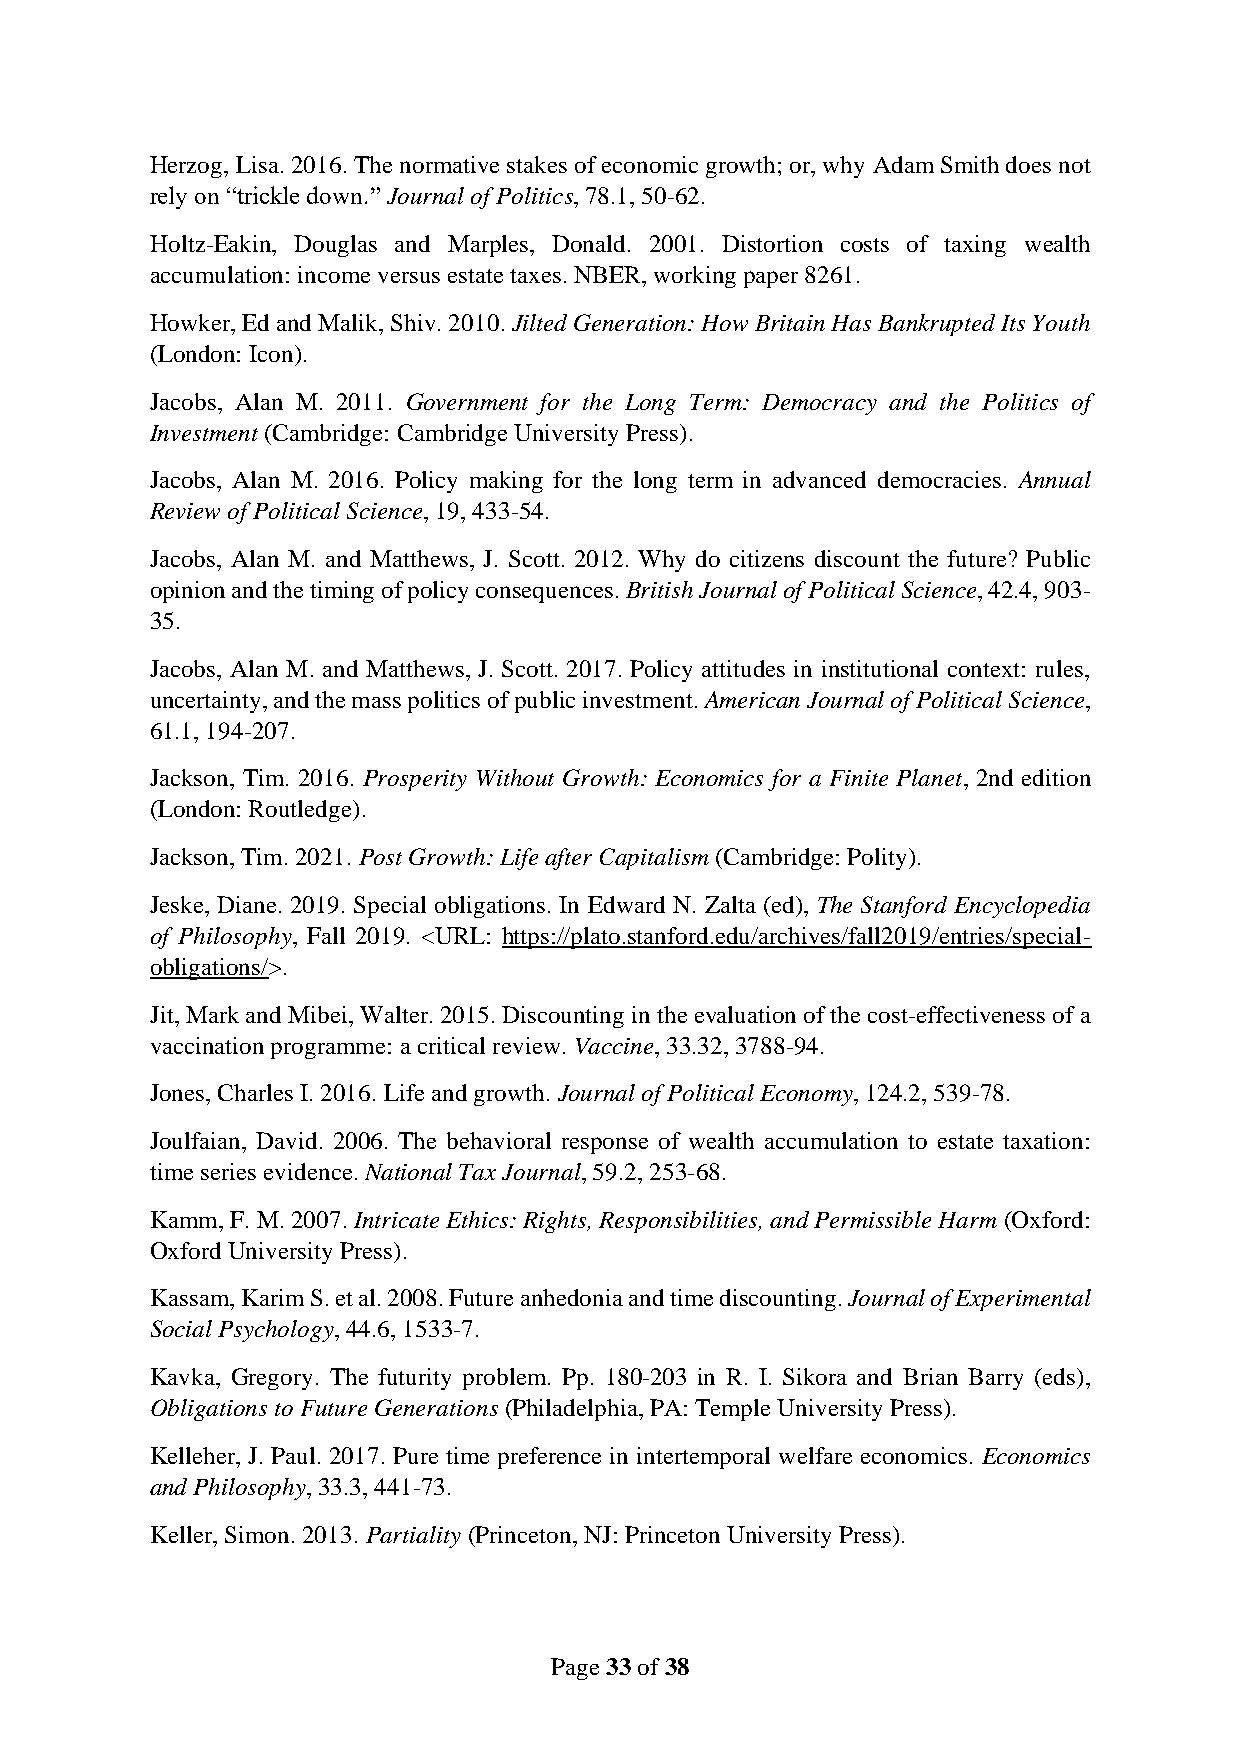
Herzog, Lisa. 2016. The normative stakes of economic growth; or, why Adam Smith does not
 rely on “trickle down.” Journal of Politics, 78.1, 50-62.
 Holtz-Eakin, Douglas and Marples, Donald. 2001. Distortion costs of taxing wealth
 accumulation: income versus estate taxes. NBER, working paper 8261.
 Howker, Ed and Malik, Shiv. 2010. Jilted Generation: How Britain Has Bankrupted Its Youth
 (London: Icon).
 Jacobs, Alan M. 2011. Government for the Long Term: Democracy and the Politics of
 Investment (Cambridge: Cambridge University Press).
 Jacobs, Alan M. 2016. Policy making for the long term in advanced democracies. Annual
 Review of Political Science, 19, 433-54.
 Jacobs, Alan M. and Matthews, J. Scott. 2012. Why do citizens discount the future? Public
 opinion and the timing of policy consequences. British Journal of Political Science, 42.4, 903-
 35.
 Jacobs, Alan M. and Matthews, J. Scott. 2017. Policy attitudes in institutional context: rules,
 uncertainty, and the mass politics of public investment. American Journal of Political Science,
 61.1, 194-207.
 Jackson, Tim. 2016. Prosperity Without Growth: Economics for a Finite Planet, 2nd edition
 (London: Routledge).
 Jackson, Tim. 2021. Post Growth: Life after Capitalism (Cambridge: Polity).
 Jeske, Diane. 2019. Special obligations. In Edward N. Zalta (ed), The Stanford Encyclopedia
 of Philosophy, Fall 2019. <URL: https://plato.stanford.edu/archives/fall2019/entries/special-
 obligations/>.
 Jit, Mark and Mibei, Walter. 2015. Discounting in the evaluation of the cost-effectiveness of a
 vaccination programme: a critical review. Vaccine, 33.32, 3788-94.
 Jones, Charles I. 2016. Life and growth. Journal of Political Economy, 124.2, 539-78.
 Joulfaian, David. 2006. The behavioral response of wealth accumulation to estate taxation:
 time series evidence. National Tax Journal, 59.2, 253-68.
 Kamm, F. M. 2007. Intricate Ethics: Rights, Responsibilities, and Permissible Harm (Oxford:
 Oxford University Press).
 Kassam, Karim S. et al. 2008. Future anhedonia and time discounting. Journal of Experimental
 Social Psychology, 44.6, 1533-7.
 Kavka, Gregory. The futurity problem. Pp. 180-203 in R. I. Sikora and Brian Barry (eds),
 Obligations to Future Generations (Philadelphia, PA: Temple University Press).
 Kelleher, J. Paul. 2017. Pure time preference in intertemporal welfare economics. Economics
 and Philosophy, 33.3, 441-73.
 Keller, Simon. 2013. Partiality (Princeton, NJ: Princeton University Press).
 Page 33 of 38